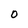
Character: 0